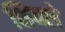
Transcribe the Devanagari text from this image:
शिक्ले